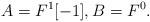
LaTeX: \begin{align*}A = F^1[-1], B = F^0.\end{align*}